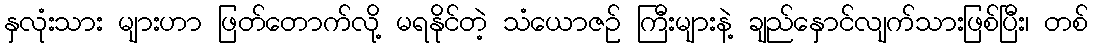
နှလုံးသား များဟာ ဖြတ်တောက်လို့ မရနိုင်တဲ့ သံယောဇဉ် ကြီးများနဲ့ ချည်နှောင်လျက်သားဖြစ်ပြီး၊ တစ်